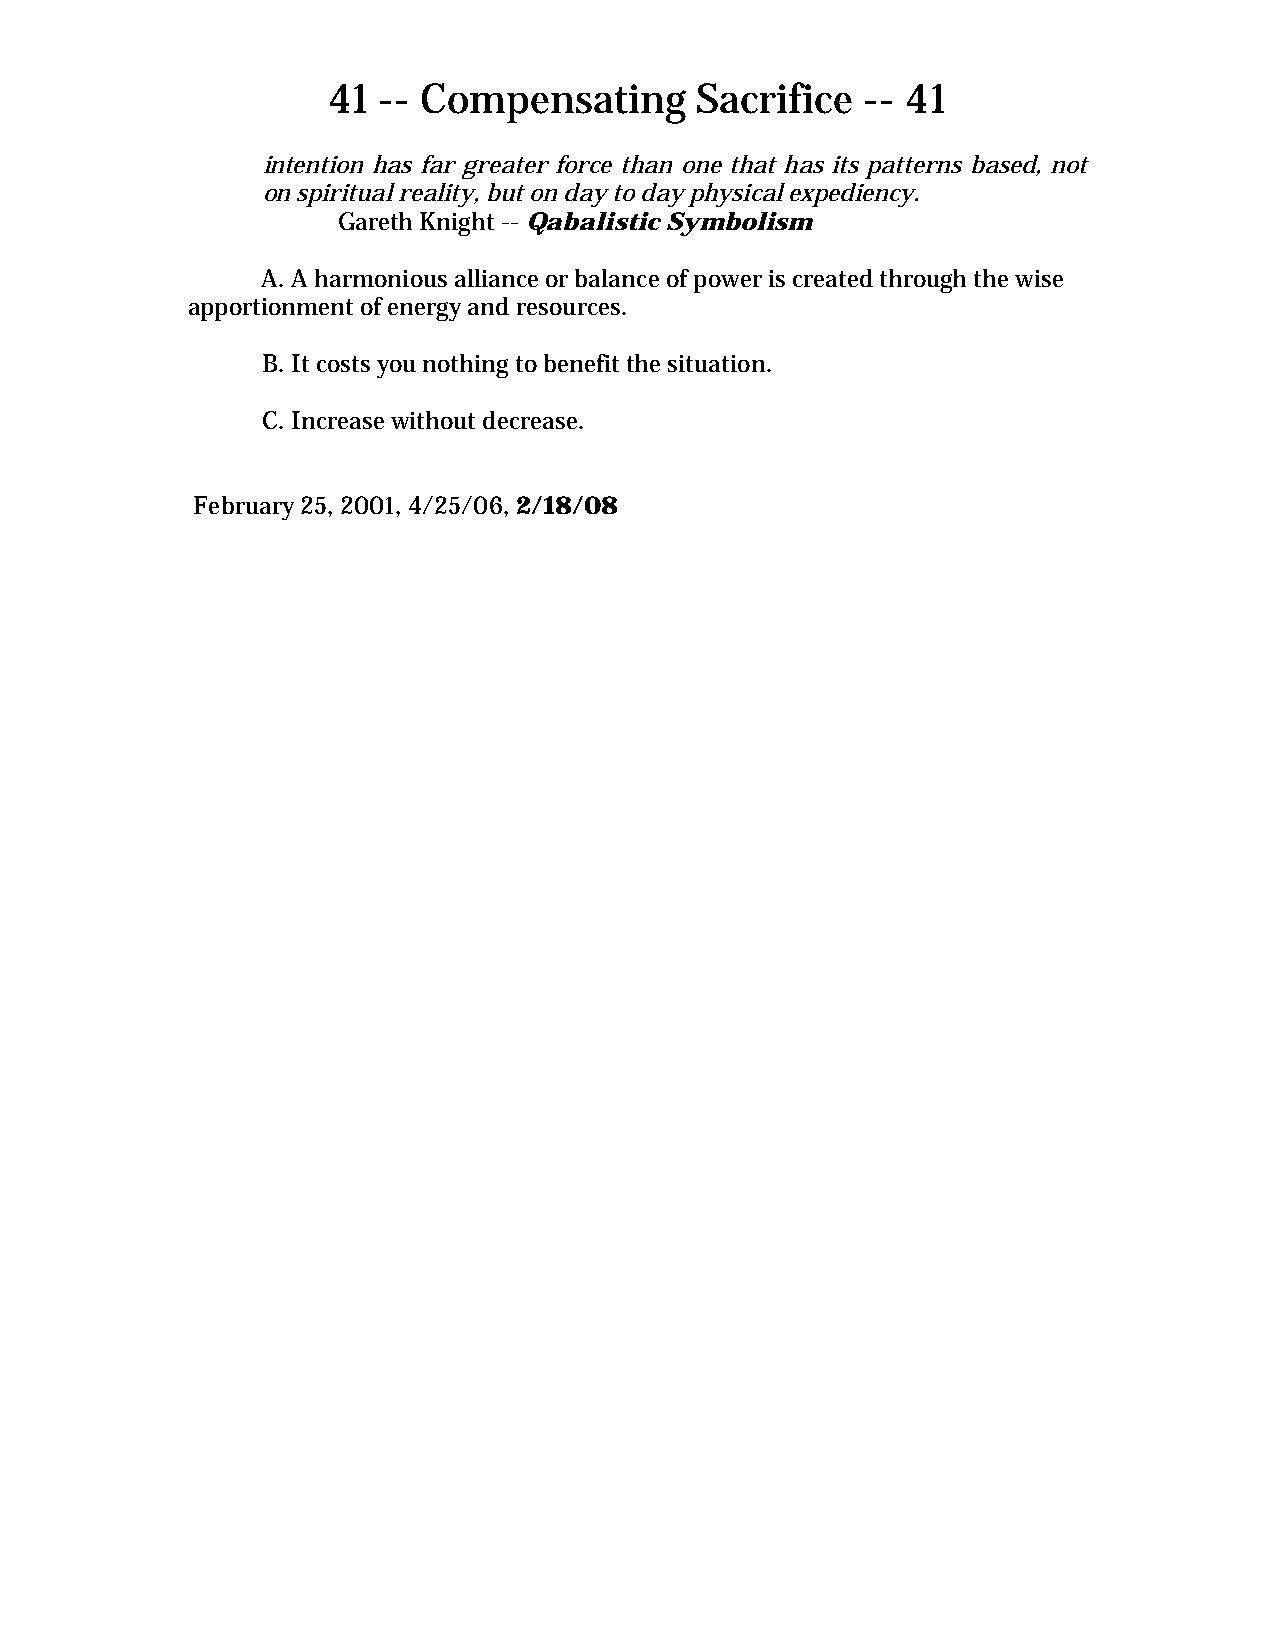
41 -- Compensating      Sacrifice  -- 41
 intention has far greater force than one that has its patterns based, not
 on spiritual reality, but on day to day physical expediency.
 Gareth Knight -- Qabalistic Symbolism
 A. A harmonious alliance or balance of power is created through the wise
 apportionment of energy and resources.
 B. It costs you nothing to benefit the situation.
 C. Increase without decrease.
 February 25, 2001, 4/25/06, 2/18/08